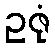
ဥဇုံ